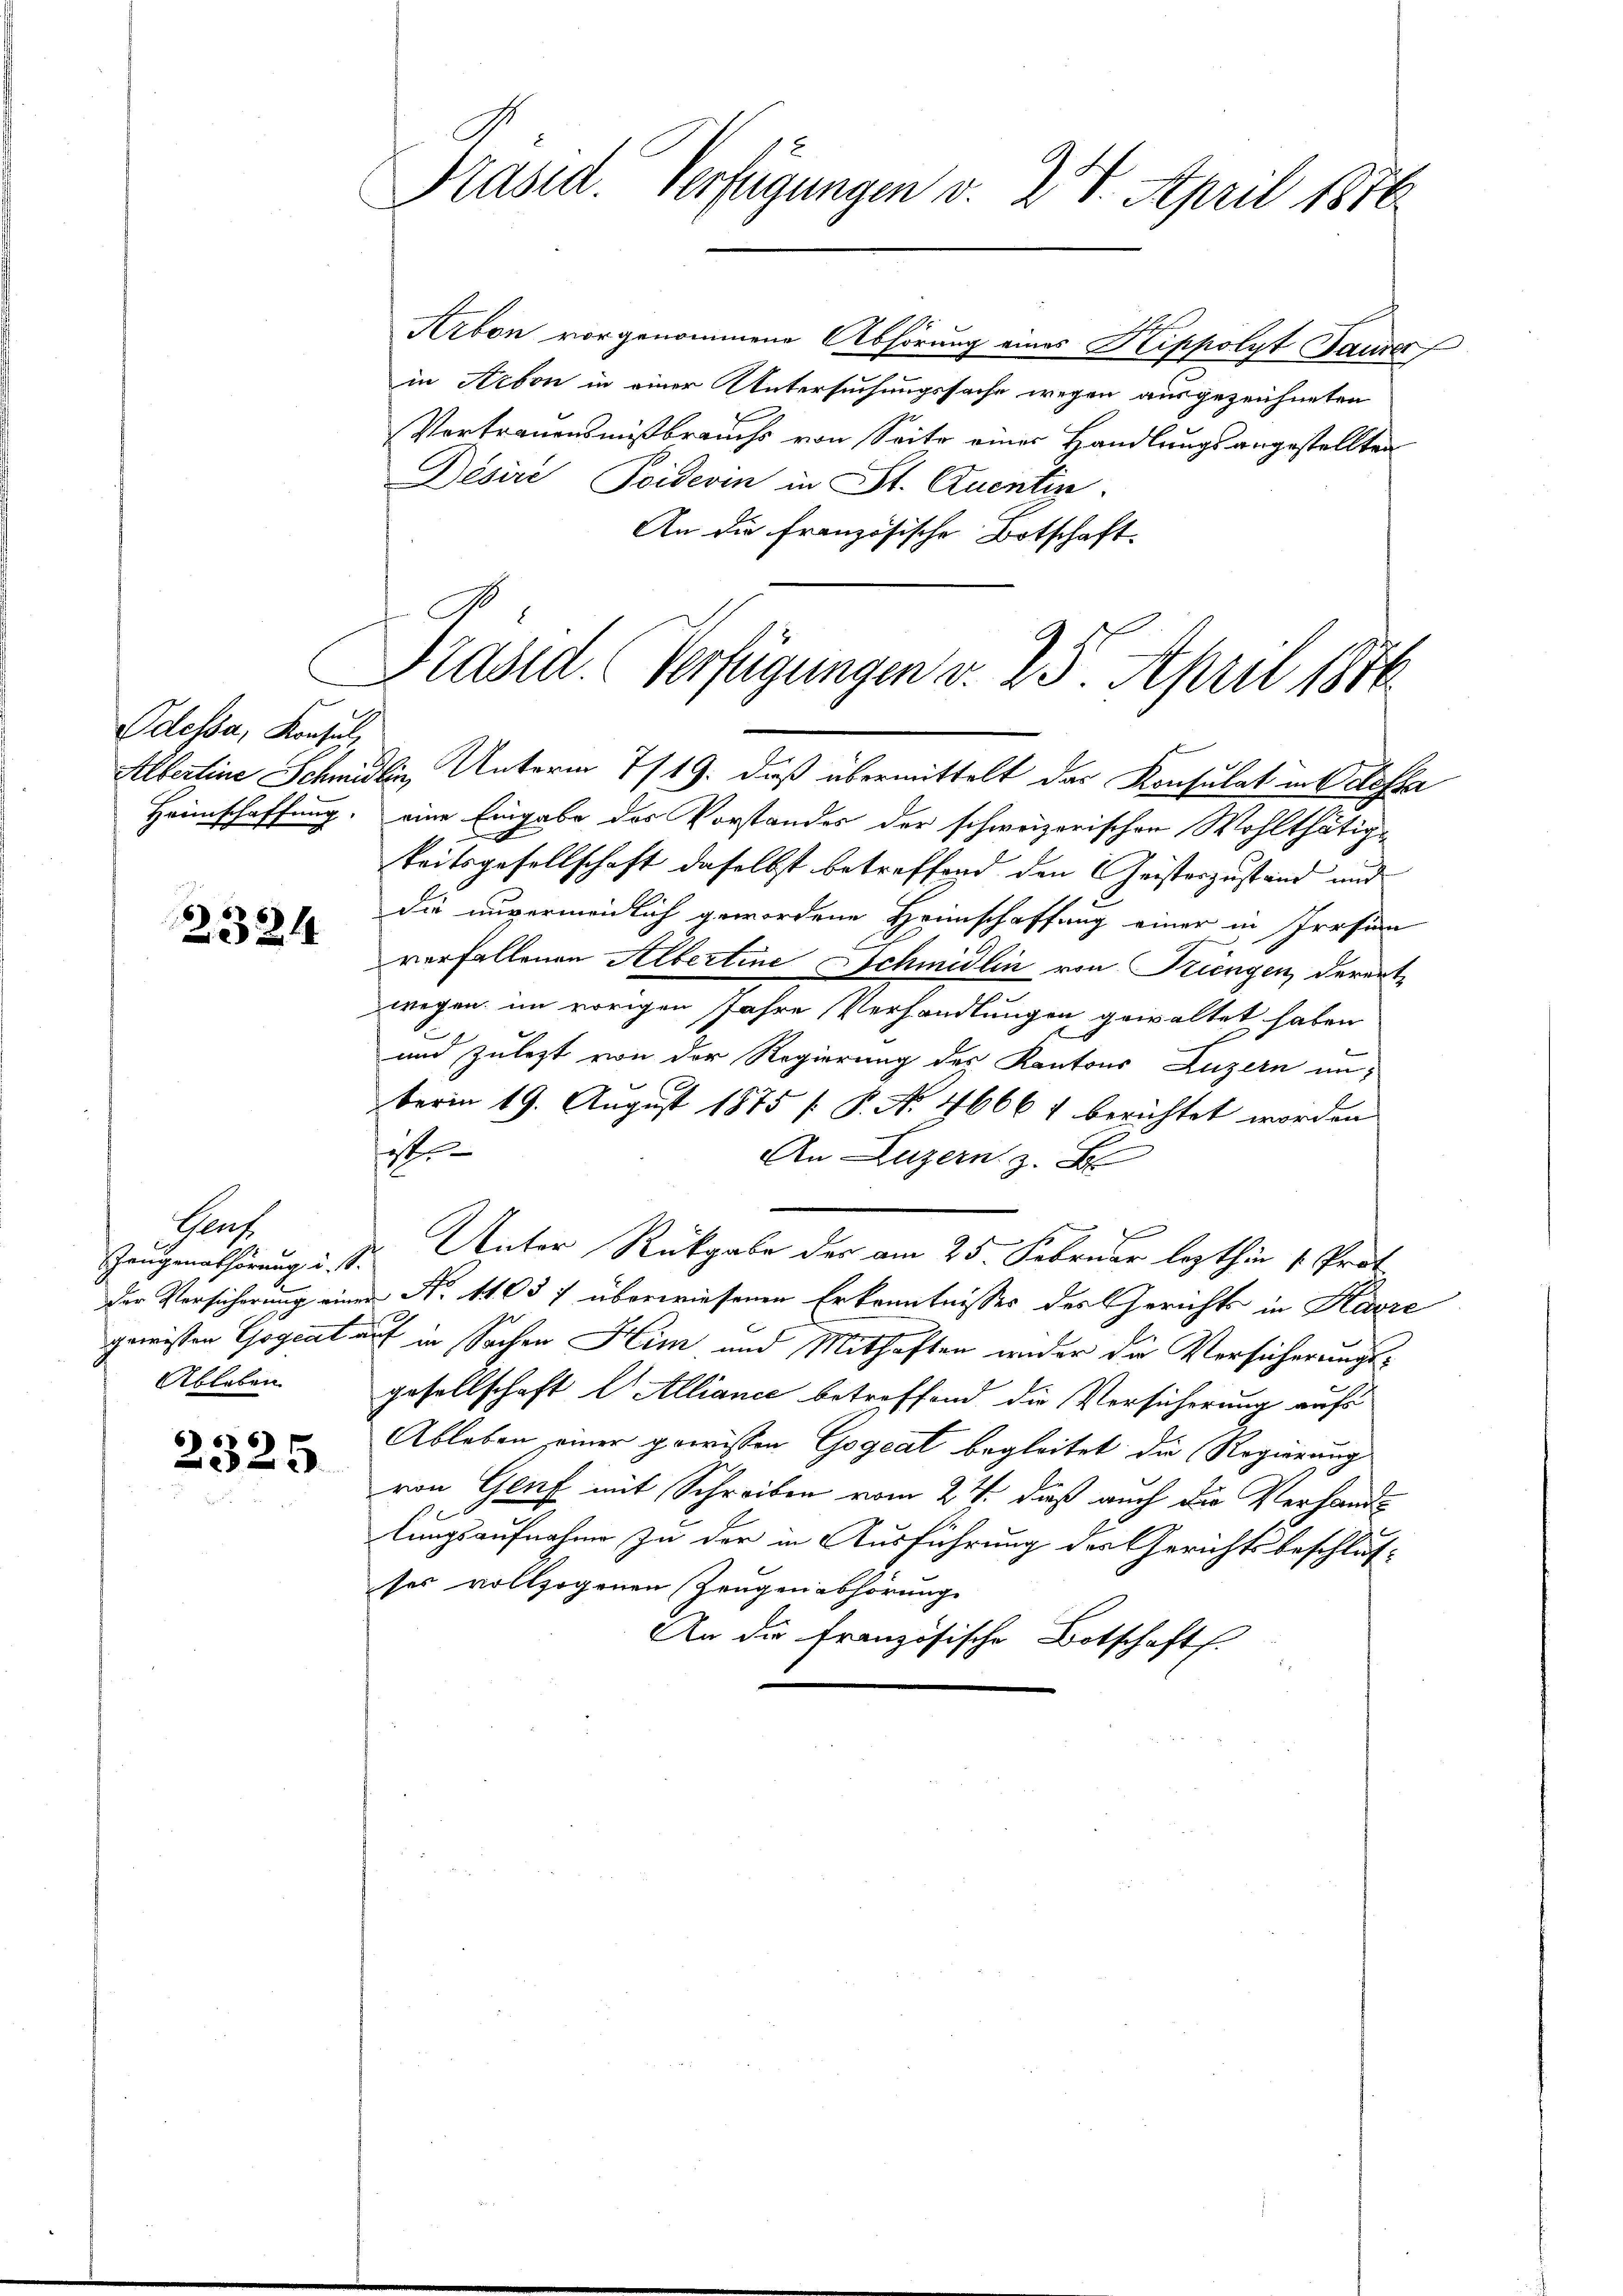
Odessa, Konsul,
Albertine Schmid
Heimschaffung.

2324

Genf.
Zeugenabhörung u. s.
der Versicherung einer
gewissen Gogeat¬
Ableben

2325.

Präsid. Verfügungen v. 24. April 1876.

Arbon vorgenommene Abhörung eines Klippolyt Saurer
in Arbon in einer Untersuchungssache wegen ausgezeichneten
Vertrauensmißbrauchs von Seite einer Handlungsangestellten
Désire, Poiderin in St. Quentin.
An die französische Botschaft.
Ain Unterm 7/19. daß übermittelt das Konsulat in Odessa
eine Eingabe des Vorstandes der schweizerischen Wohlthätigkeitsgesellschaft daselbst betreffend den Geisterzustand und
die unvermeidlich gewordene Heimschaffung einer in Prosen
verfallenen Albertine Schmidlin von Kriengen, derert
wegen im vorigen Jahre Verhandlungen gewaltet haben
und zulezt von der Regierung des Kantons Luzern unberin 19. August 1875 [ P. No 4666 1 berichtet worden
o
An Luzern z. B
Unter Rückgabe des am 25. Februar lezthin 1. Prof.
 N. 11037 überwiesenen Erkenntnisses des Gerichts in Karre
ut in Sachen Him und Mithaften wider die Versicherungsgesellschaft l. Allianić betreffend die Vorsicherung aufs
Ableben einer gewissen Gogeat begleitet die Regierung
von Genf mit Schreiben vom 24. dieß auch die Verhandl
lungsaufnahme zu der in Ausführung des Gerichtsbeschlusses vollzogenen Zeugenabhörung
An die französische Botschaft.

Präsid. (Verfügungen v. 25. April 1876.